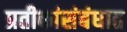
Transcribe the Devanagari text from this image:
प्रतीकांसंबंधात